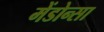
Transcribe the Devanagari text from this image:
मेंडोन्सा